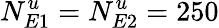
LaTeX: N_{E1}^{u}=N_{E2}^{u}=250